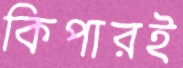
কিপারই